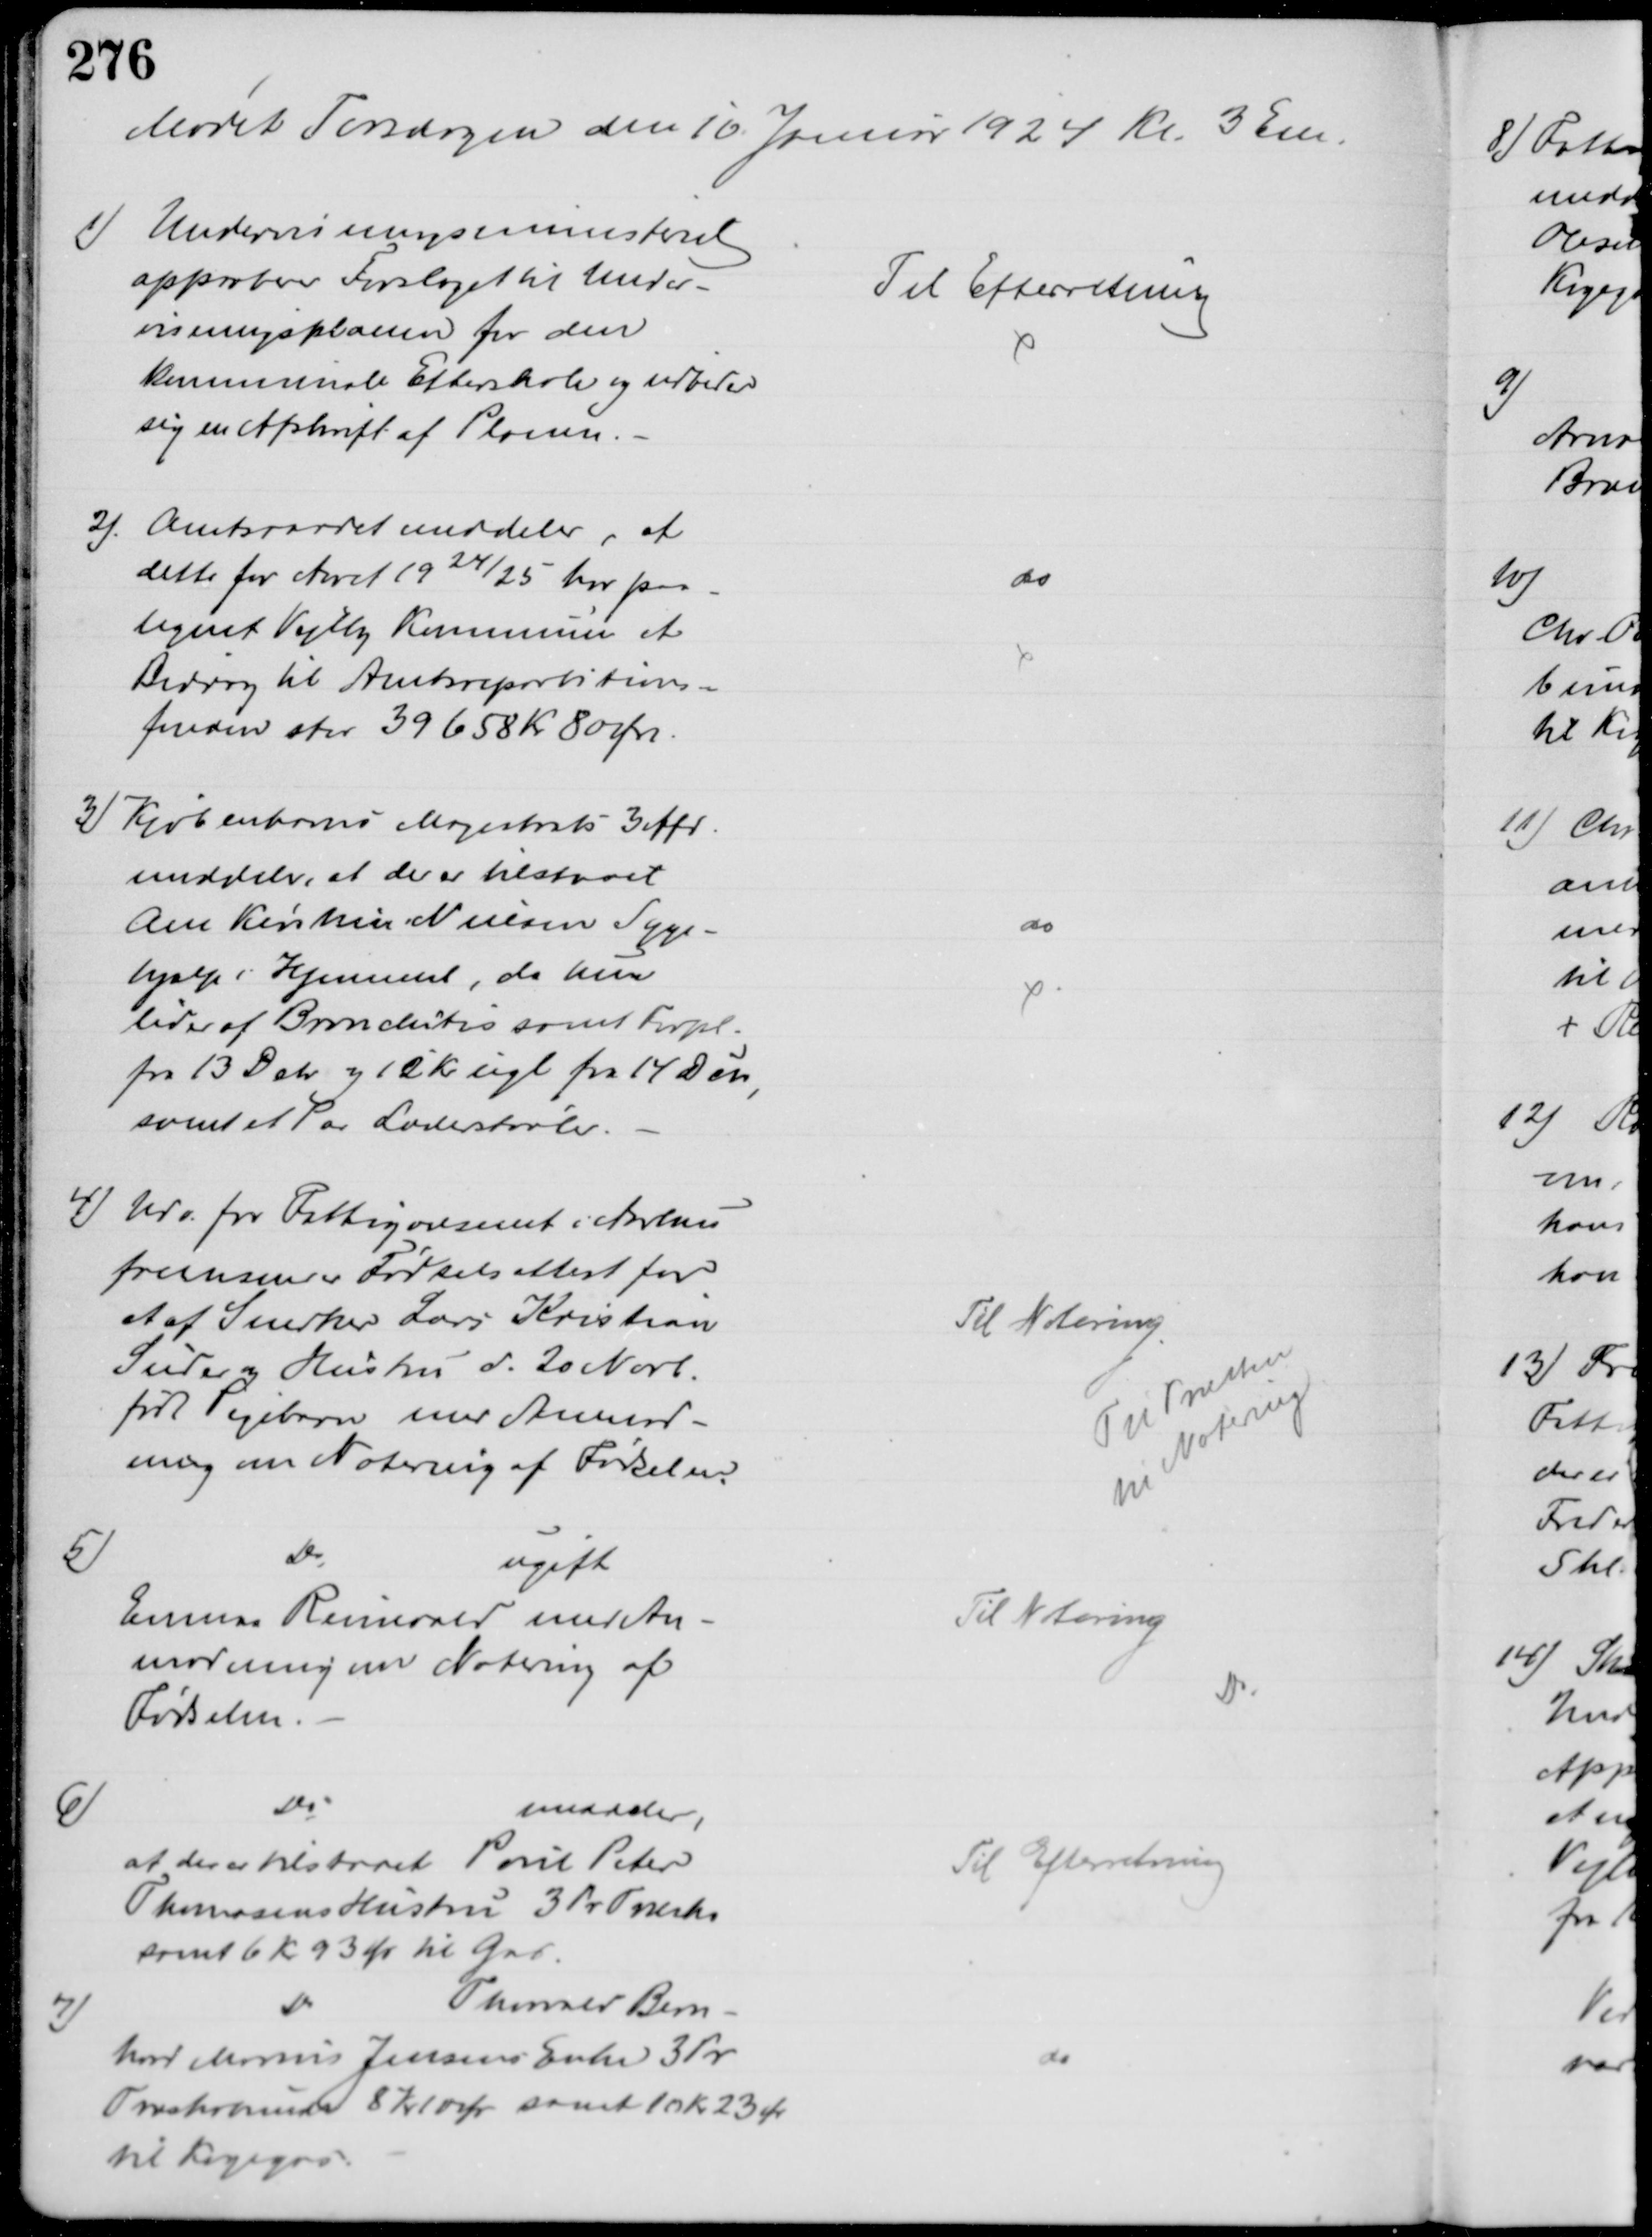
Transskription:
Mødet Torsdagen den 10 Januar 1924 Kl. 3 Em.
1) Undervisningsministeret
approberer Forslaget til Under-
visningsplanen for den
kommunale Efterskole og udbeder
sig en Afskrift af Planen.
Til Efterretning
2). Amtsraadet meddeler, at
dette for Aaret 1924/25 har paa-
lignet Vejlby Kommune et 
Bidrag til Amtsrepartitions-
fonden stor 39658 Kr 80 Øre.
do
3) Kjøbenhavns Magistrats 3 Afd.
meddeler, at der er tilstaaet
Ane Kirstine Nielsen Syge-
hjælp i Hjemmet, da hun
lider af Bronchitis samt Forpl.
fra 13 Dcbr og 12 Kr ugl fra 14 Dcbr,
samt et Par Læderstøvler.
do
4) Udv. for Fattigvæsenet i Aarhus
fremsender Fødselsattest for
et af Snedker Lars Kristian
Suder og Hustru d. 20 Novb.
født Pigebarn med Anmod-
ning om Notering af Fødselen.
Til Notering.
Til Præsten
til Notering
5)
Do
ugift
Emma Reinevald med An
modning om Notering af
Fødselen.
Til Notering
Do
6)
Do
meddeler,
at der er tilstaaet Poul Peter
Thomasens Hustru 3 Pr Træsko
samt 6 Kr 93 Ør til Gas.
Til Efterretning
7)
Do
Thomas Bern-
hard Marius Jensens Enke 3 Pr
Træskobunde 8 Kr 10 Ør samt 10 Kr 23 Ør
til Kogegas.
do